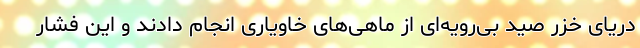
دریای خزر صید بی‌رویه‌ای از ماهی‌های خاویاری انجام دادند و این فشار